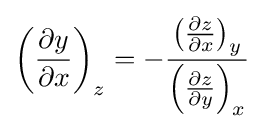
{\left({\frac {\partial y}{\partial x}}\right)}_{z}=-{\frac {{\left({\frac {\partial z}{\partial x}}\right)}_{y}}{{\left({\frac {\partial z}{\partial y}}\right)}_{x}}}